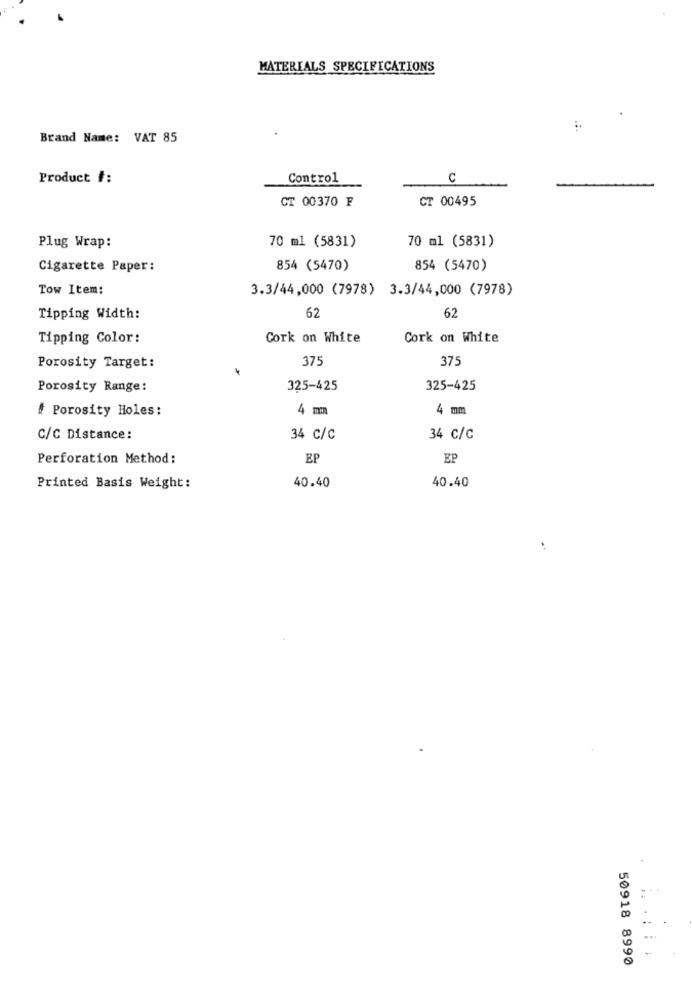
MATERIALS SPECIFICATIONS
Brand Name: VAT 85
Product #:
Control
C
CT 00370 F
CT 00495
70 ml (5831)
70 ml (5831)
Plug Wrap:
Cigarette Paper:
854 (5470)
854 (5470)
Tow Item:
3.3/44,000 (7978) 3.3/44,000 (7978)
62
Tipping Width:
62
Tipping Color:
Cork on White
Cork on White
375
375
Porosity Target:
Porosity Range:
325-425
325-425
# Porosity Holes:
4 mm
4 mm
C/C Distance:
34 C/c
34 C/C
Perforation Method:
EP
EP
40.40
Printed Basis Weight:
40.40
. .
50918 8990
....